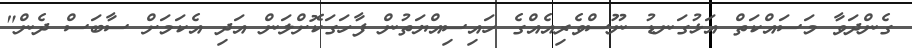
ގެންދަވާ މަސައްކަތް އަޅުގަނޑު ނޫސްވެރިއެއްގެ ހައިސިއްޔަތުން ފާހަގަކޮށްލަން އަދި އެކަމަށް ސާބަސް ދެން"